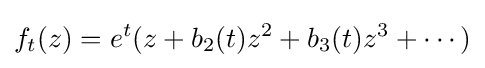
\displaystyle {f_{t}(z)=e^{t}(z+b_{2}(t)z^{2}+b_{3}(t)z^{3}+\cdots )}